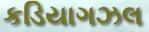
કડિયાગઝલ